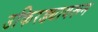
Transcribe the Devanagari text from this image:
उकिरड्यावरून